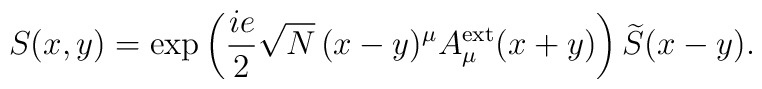
S(x,y)=\exp  \left(\frac{ie}{2}\sqrt{N}\,(x-y)^{\mu}A_{\mu}^{\rm ext}(x+y)\right)    \widetilde{S}(x-y).